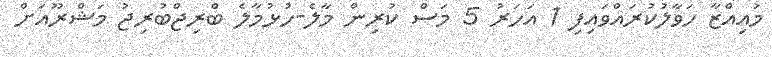
މުއިއްޒާ ހަވާލުކުރައްވައިފި 1 އަހަރު 5 މަސް ކުރިން މާލެ-ހުޅުމާލެ ބްރިޖްބުރިޖު މަޝްރޫއަށް